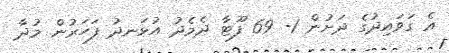
އެ ގަވައިދުގެ ދަށުން 1- 69 ފޫޓާ ދެމެދު އުޅަނދު ފަހަރުން މުދާ